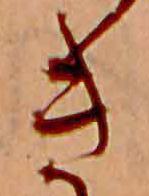
き